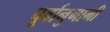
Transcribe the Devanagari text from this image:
पूर्वानुगामी